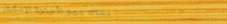
محلات بيع الأجهزة الإلكتر